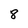
Character: 8